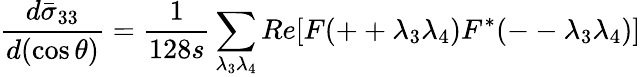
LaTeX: \frac{d\bar{\sigma}_{33}}{d(\cos\theta)}=\frac{1}{128s}\sum_{\lambda_{3}\lambda_{4}}Re[F(++\lambda_{3}\lambda_{4})F^{*}(--\lambda_{3}\lambda_{4})]